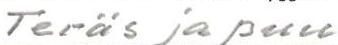
Teräs ja puu